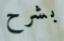
بشرح